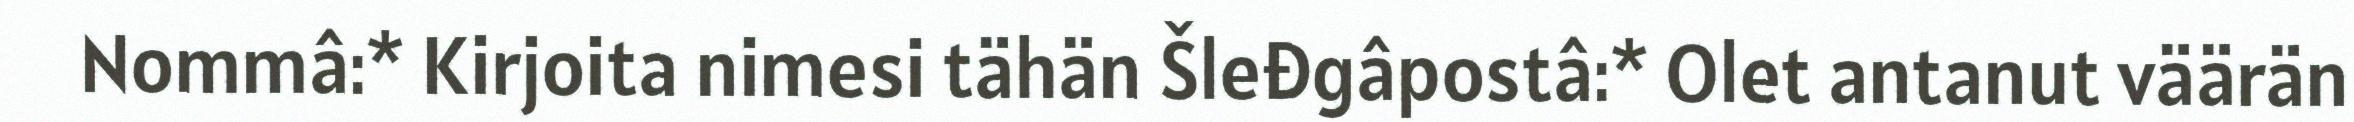
Nommâ:* Kirjoita nimesi tähän Šleđgâpostâ:* Olet antanut väärän